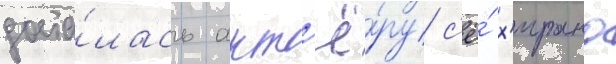
доста́лась акт'ё́ру с'ё́ х'ирано